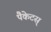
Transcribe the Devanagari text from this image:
पैकेटस्